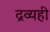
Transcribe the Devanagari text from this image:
द्रव्यही